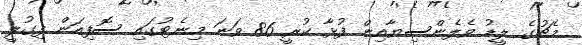
މެޗުގެ ލީޑު ވެލެންސިޔާއިން ފުޅާ ކުރީ 86 ވަނަ މިނެޓުގައި ސޮފިއަން ފިގުލީ